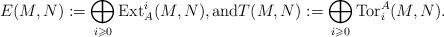
LaTeX: \begin{align*}E(M,N) := \bigoplus_{i \geqslant 0}\operatorname{Ext}^i_A(M,N), \mbox{and} T(M,N) := \bigoplus_{i \geqslant 0}\operatorname{Tor}^A_i(M,N).\end{align*}